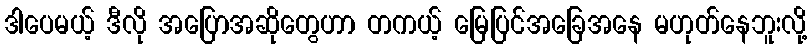
ဒါပေမယ့် ဒီလို အပြောအဆိုတွေဟာ တကယ့် မြေပြင်အခြေအနေ မဟုတ်နေဘူးလို့